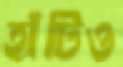
হাঁটিও